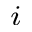
^ i